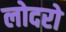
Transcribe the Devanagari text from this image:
लोदरो